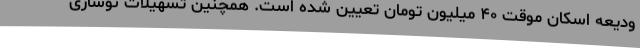
ودیعه اسکان موقت ۴۰ میلیون تومان تعیین شده است. همچنین تسهیلات نوسازی